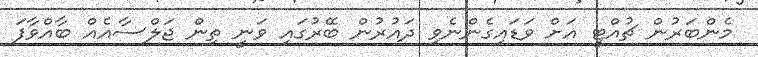
މެންބަރުން ޗުއްޓީ އަށް ވަޑައިގެންނެވި ދައުރުން ބޭރުގައި ވަނީ ތިން ޖަލްސާއެއް ބާއްވާފަ